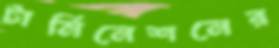
টার্মিনেশনের